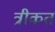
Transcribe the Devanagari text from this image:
त्रीकत